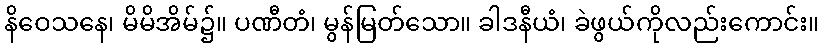
နိဝေသနေ၊ မိမိအိမ်၌။ ပဏီတံ၊ မွန်မြတ်သော။ ခါဒနီယံ၊ ခဲဖွယ်ကိုလည်းကောင်း။